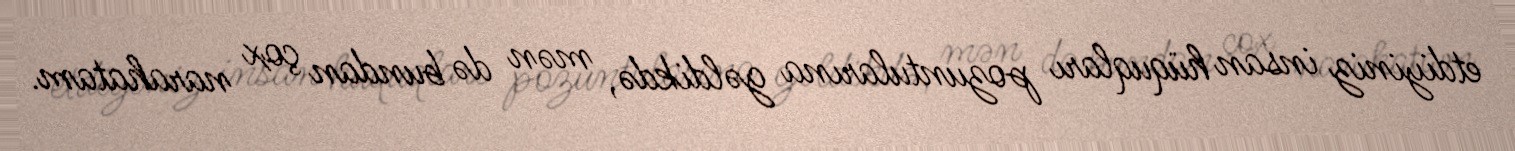
etdiyiniz insan hüquqları pozuntularına gəldikdə, mən də bundan çox narahatam.